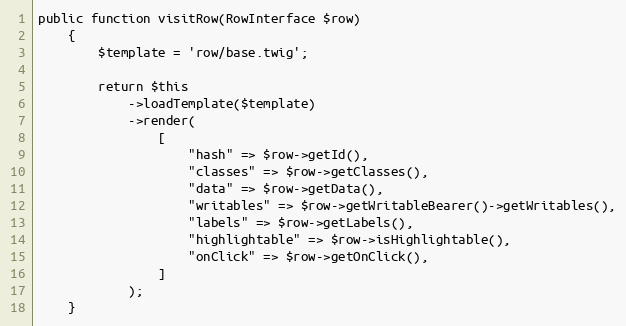
Language: PHP
public function visitRow(RowInterface $row)
    {
        $template = 'row/base.twig';

        return $this
            ->loadTemplate($template)
            ->render(
                [
                    "hash" => $row->getId(),
                    "classes" => $row->getClasses(),
                    "data" => $row->getData(),
                    "writables" => $row->getWritableBearer()->getWritables(),
                    "labels" => $row->getLabels(),
                    "highlightable" => $row->isHighlightable(),
                    "onClick" => $row->getOnClick(),
                ]
            );
    }